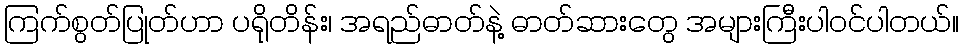
ကြက်စွတ်ပြုတ်ဟာ ပရိုတိန်း၊ အရည်ဓာတ်နဲ့ ဓာတ်ဆားတွေ အများကြီးပါဝင်ပါတယ်။